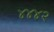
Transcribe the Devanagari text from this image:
४४४२